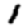
Digit: 1